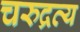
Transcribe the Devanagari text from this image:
चरुद्रव्य